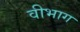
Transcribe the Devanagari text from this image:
वीभाग